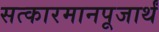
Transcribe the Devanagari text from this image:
सत्कारमानपूजार्थं